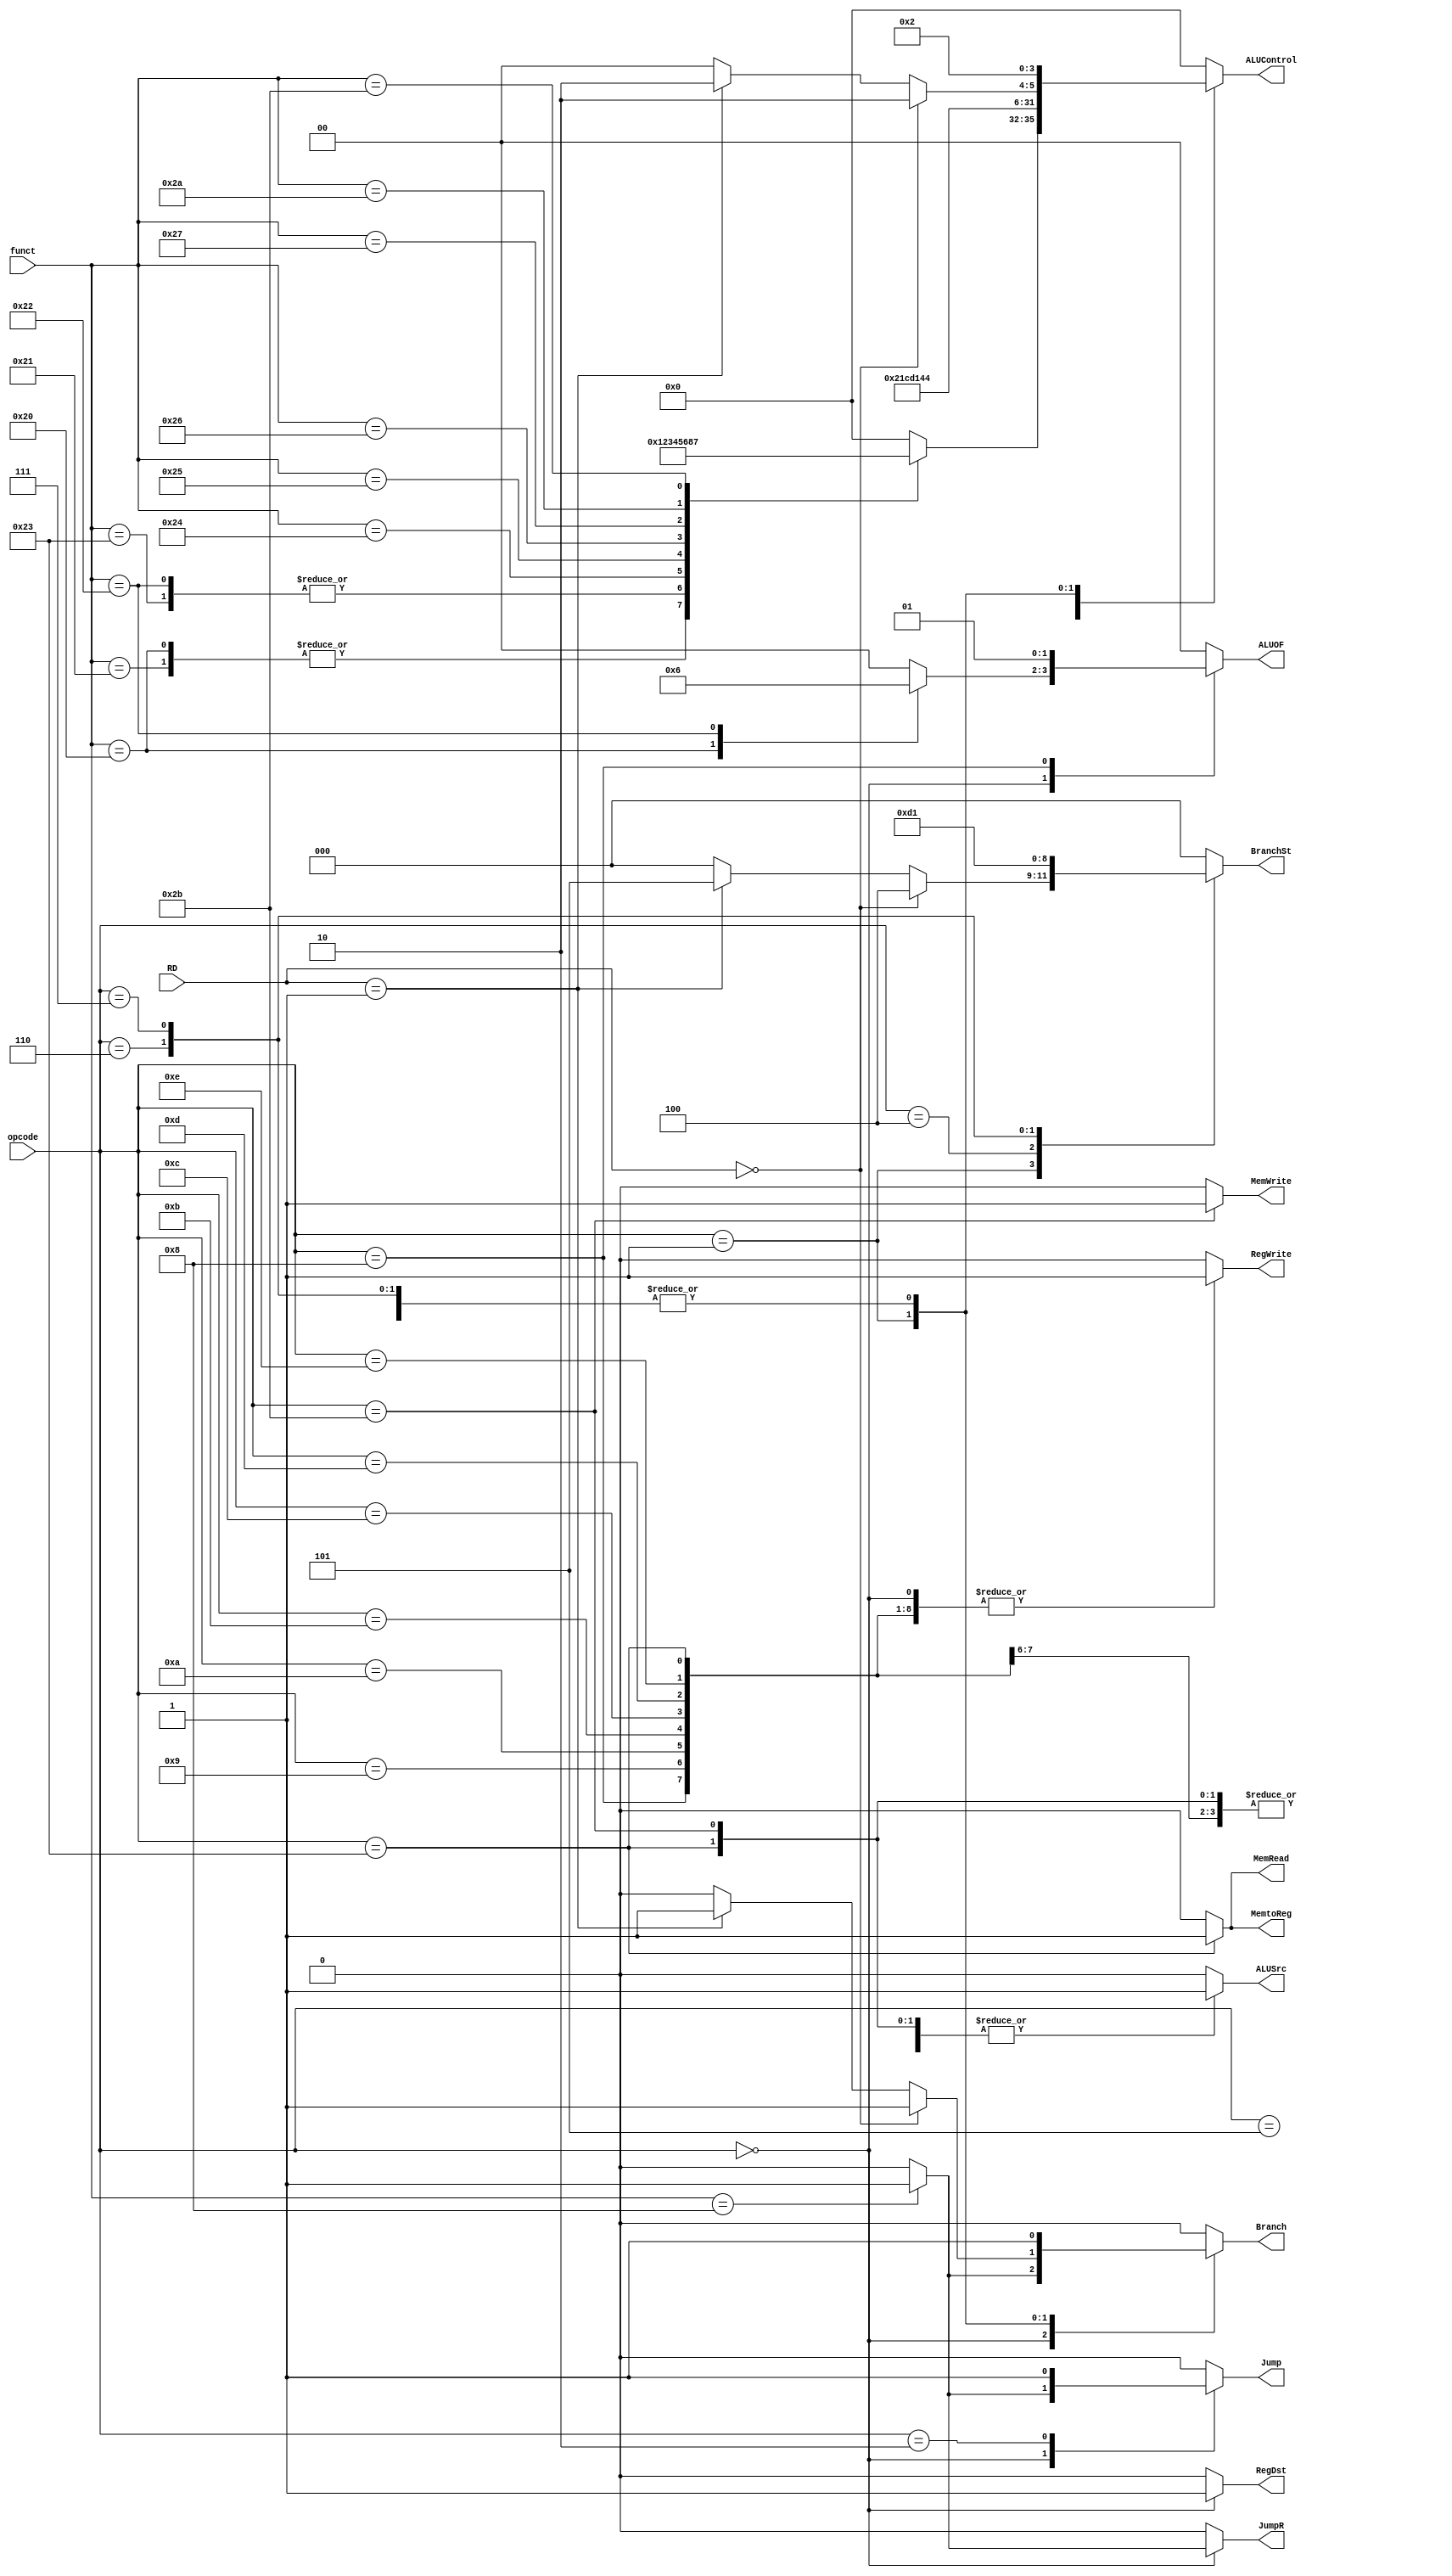
`timescale 1ns / 1ps

module Control(
	input [5:0] opcode,
	input [5:0] funct,
	input [4:0] RD,
	output reg Jump,
	output reg JumpR,
	output reg MemtoReg,
	output reg MemWrite,
	output reg MemRead,
	output reg Branch,
	output reg ALUSrc,
	output reg RegDst,
	output reg RegWrite,
	output reg [1:0] ALUOF,
	output reg [2:0] BranchSt,
	output reg [3:0] ALUControl
);

always@(opcode or funct) begin
	Jump = 0;
	JumpR = 0;
	MemtoReg = 0;
	MemWrite = 0;
	MemRead = 0;
	Branch = 0;
	BranchSt = 0;
	ALUSrc = 0;
	RegDst = 0;
	RegWrite = 0;
	ALUOF = 0;
	ALUControl = 0;
	case(opcode)
		6'h0: begin
			RegDst = 1;
			RegWrite = 1;
			case(funct)
				6'h20: begin				// add
					ALUControl = 4'h1;
					ALUOF = 2'b01;
				end
				6'h21: ALUControl = 4'h1;	// addu
				6'h22: begin				// sub
					ALUControl = 4'h2;
					ALUOF = 2'b10;
				end
				6'h23: ALUControl = 4'h2;	// subu
				6'h24: ALUControl = 4'h3;	// and
				6'h25: ALUControl = 4'h4;	// or
				6'h26: ALUControl = 4'h5;	// xor
				6'h27: ALUControl = 4'h6;	// nor
				6'h2a: ALUControl = 4'h8;	// slt
				6'h2b: ALUControl = 4'h7;	// sltu
				6'h8: begin					// jr
					Jump = 1;
					JumpR = 1;
					Branch = 1;
				end
			endcase
		end
		6'h8: begin		// addi
			ALUSrc = 1;
			ALUOF = 2'b01;
			RegWrite = 1;
			ALUControl = 4'h1;
		end 
		6'h9: begin		// addiu
			ALUSrc = 1;
			RegWrite = 1;
			ALUControl = 4'h1;
		end
		6'ha: begin 	// slti
			ALUSrc = 1;
			RegWrite = 1;
			ALUControl = 4'h8;
		end
		6'hb: begin 	// sltiu
			ALUSrc = 1;
			RegWrite = 1;
			ALUControl = 4'h7;
		end
		6'hc: begin 	// andi
			ALUSrc = 1;
			RegWrite = 1;
			ALUControl = 4'h3;
		end
		6'hd: begin 	// ori
			ALUSrc = 1;
			RegWrite = 1;
			ALUControl = 4'h4;
		end
		6'he: begin 	// xori
			ALUSrc = 1;
			RegWrite = 1;
			ALUControl = 4'h5;
		end
		6'h23: begin 	// lw
			MemRead = 1;
			MemtoReg = 1;
			ALUSrc = 1;
			RegWrite = 1;
			ALUControl = 4'h1;
		end
		6'h2b: begin 	// sw
			MemWrite = 1;
			ALUSrc = 1;
			ALUControl = 4'h1;
		end
		6'h1: begin
			if (RD == 0) begin	// bltz
				Branch = 1;
				ALUControl = 4'h2;
				BranchSt = 3'h4;
			end
			else if (RD == 1) begin // bgez
				Branch = 1;
				ALUControl = 4'h2;
				BranchSt = 3'h5;
			end
		end
		6'h4: begin		// beq
			Branch = 1;
			ALUControl = 4'h2;
			BranchSt = 3'h3;
		end
		6'h5: begin 	// bne
			Branch = 1;
			ALUControl = 4'h2;
			BranchSt = 3'h0;
		end
		6'h6: begin		// blez
			Branch = 1;
			ALUControl = 4'h2;
			BranchSt = 3'h2;
		end
		6'h7: begin 	// bgtz
			Branch = 1;
			ALUControl = 4'h2;
			BranchSt = 3'h1;
		end
		6'h2: begin 	// j
			Jump = 1;
		end
	endcase
end

endmodule